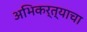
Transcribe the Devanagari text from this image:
अभिकर्त्याचा